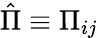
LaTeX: \hat{\Pi}\equiv\Pi_{ij}